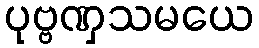
ပုဗ္ဗဏှသမယေ